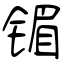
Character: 镅